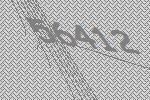
56412